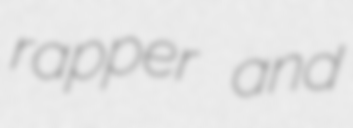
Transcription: rapper and